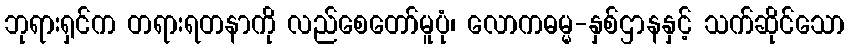
ဘုရားရှင်က တရားရတနာကို လည်စေတော်မူပုံ၊ လောကဓမ္မ-နှစ်ဌာနနှင့် သက်ဆိုင်သော